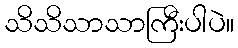
သိသိသာသာကြီးပါပဲ။